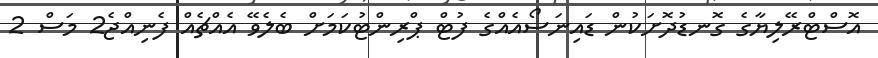
އޮސްޓްރޭލިޔާގެ ގޮނޑުދޮށަކުން ޑައިނަސޯއެއްގެ ފުޓް ޕްރިންޓުކަމަށް ބެލެވޭ އެއްޗެއް ފެނިއްޖެ2 މަސް 2